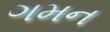
ગમન